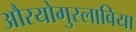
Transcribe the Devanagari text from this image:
औरयोगुस्लाविया